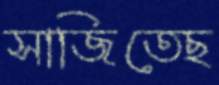
সাজিতেছ